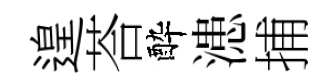
遑荅酔漶捕